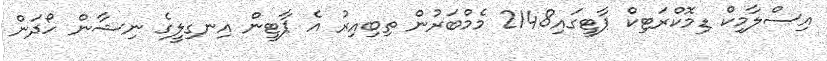
އިސްލާމިކް ޑިމޮކްރަޓިކް ޕާޓީގައި2148 މެމްބަރުން ތިބިއިރު އެ ޕާޓީން އިނގިލީގެ ނިޝާން ހޯދަން